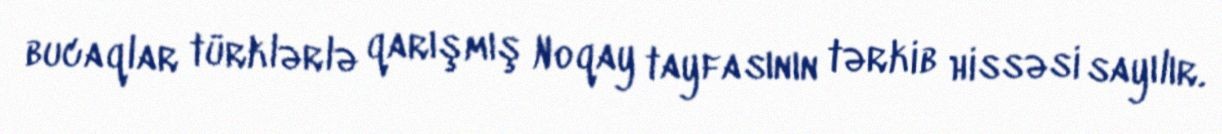
bucaqlar türklərlə qarışmış Noqay tayfasının tərkib hissəsi sayılır.